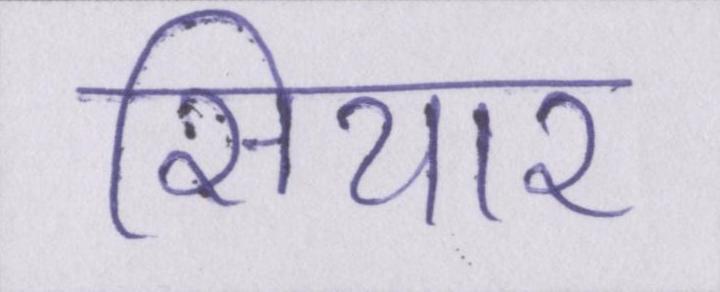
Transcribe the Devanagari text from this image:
सियार